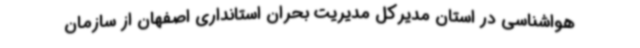
هواشناسی در استان مدیرکل مدیریت بحران استانداری اصفهان از سازمان